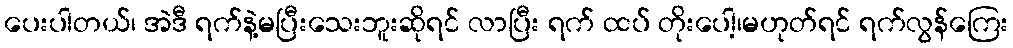
ပေးပါတယ်၊ အဲဒီ ရက်နဲ့မပြီးသေးဘူးဆိုရင် လာပြီး ရက် ထပ် တိုးပေါ့၊မဟုတ်ရင် ရက်လွန်ကြေး